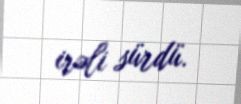
irəli sürdü.